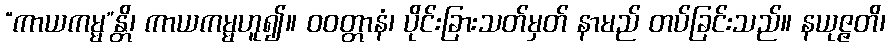
“ကာယကမ္မ”န္တိ၊ ကာယကမ္မဟူ၍။ ဝဝတ္တာနံ၊ ပိုင်းခြားသတ်မှတ် နာမည် တပ်ခြင်းသည်။ နယုဇ္ဇတိ၊